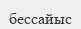
бессайыс